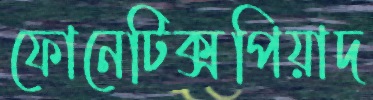
ফোনেটিক্সপিয়াদ